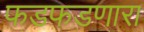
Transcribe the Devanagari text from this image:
फडफडणारा